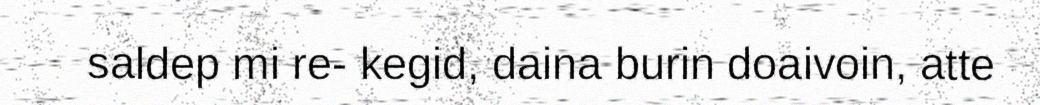
saldep mi re- kegid, daina burin doaivoin, atte